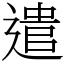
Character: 遣